Vaccination in the Punjab 1919-1929 - 1919-1929
Year: 1919
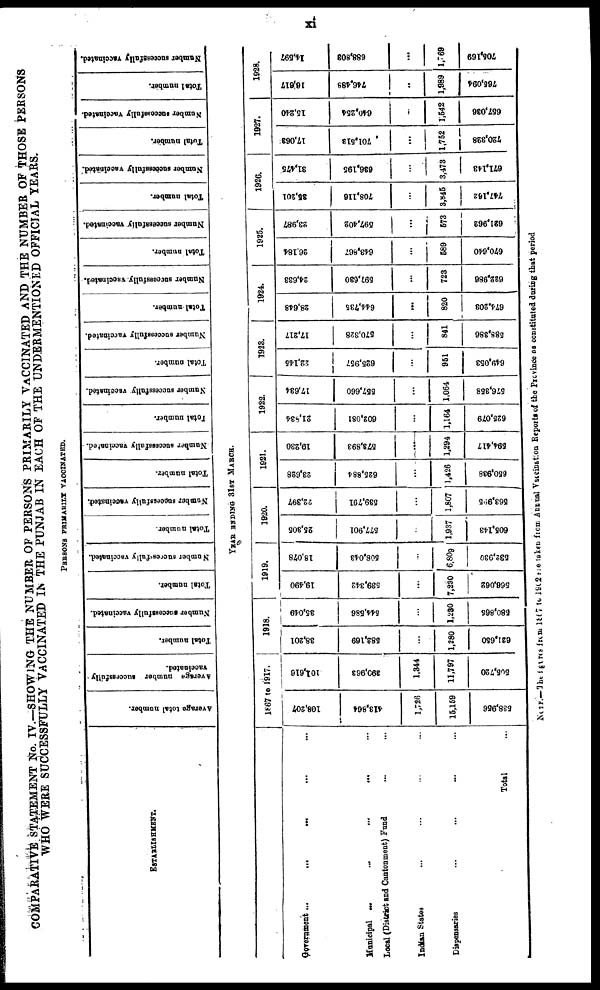
xi
COMPARATIVE STATEMENT No. IV.—SHOWING THE NUMBER OF PERSONS PRIMARILY VACCINATED AND THE NUMBER OF THOSE PERSONS
WHO WERE SUCCESSFULLY VACCINATED IN THE PUNJAB IN EACH OF THE UNDERMENTIONED OFFICIAL YEARS.
PERSONS PRIMARILY VACCINATED.
ESTABLISHMENT.
Government...
...
... ... ...
Municipal .
.
.
...
...
... ...
Local (District and Cantonment) Fund
Indian States ... ... ... ...
Dispensaries ... ... ... ...
Total ...
Average total number.
Average number successfully
vaccinated.
Total number.
Number successfully vaccinated.
Total number.
Number successfully vaccinated.
Total number.
Number successfully vaccinated.
Total number.
Number successfully vaccinated.
Total number.
Number successfully vaccinated.
Total number.
Number successfully vaccinated.
Total number.
Number successfully vaccinated.
Total number.
Number successfully vaccinated.
Total number.
Number successfully vaccinated.
Total number.
Number successfully vaccinated.
Total number.
Number successfully vaccinated.
YEAR ENDING 31ST MARCH.
1867 to 1917.
108,207
413,864
1,726
15,159
538,956
101,616
390,963
1,344
11,797
505,720
1918.
38,201
582,169
...
1,280
621,650
35,049
544,586
...
1,230
580,865
1919.
19,490
539,342
...
7,230
566,062
18,078
508,043
...
6,809
532,930
1920.
25,305
577,901
...
1,937
605,143
22,397
539,791
...
1,807
563,995
1921.
23,628
625,884
...
1,426
650,938
19,230
573,893
...
1,294
594,417
1922.
21,584
602,081
...
1,164
625,079
17,634
557,660
...
1,064
576,358
1923.
22,145
625,957
...
951
649,053
17,217
570,328
...
841
588,386
1924.
28,648
644,735
...
820
674,203
24,633
597,630
...
723
622,986
1925.
26,184
643,867
...
589
670,640
23,987
597,402
...
573
621,962
1926.
35,201
708,116
...
3,845
747,162
31,475
636,195
...
3,473
671,143
1927.
17,063
701,513
...
1,752
720,328
15,240
640,254
...
1,542
657,036
1928.
16,617
746,488
...
1,989
765,094
14,597
688,803
...
1,769
705,169
NOTE.—The figures from 1867 to 1902 the taken from Annual Vaccination Reports of the Province as constituted during that period